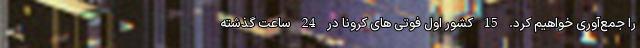
را جمع‌آوری خواهیم کرد. 15 کشور اول فوتی های کرونا در 24 ساعت گذشته